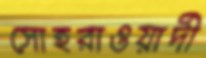
সোহরাওয়ার্দী